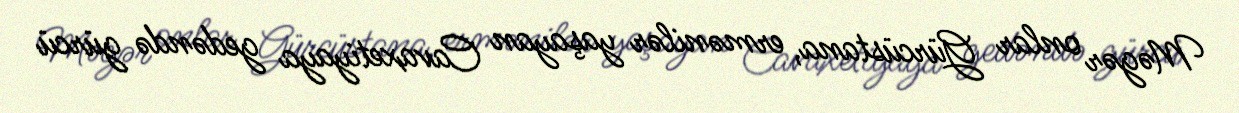
Məgər onlar Gürcüstana, ermənilər yaşayan Cavaxetiyaya gedəndə gürcü